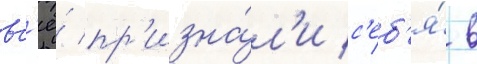
вс'ё́ пр'изна́л'и с'еб'я́ в